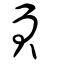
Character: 頁